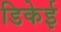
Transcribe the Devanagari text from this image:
डिकेई